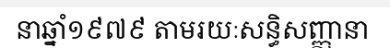
នាឆ្នាំ១៩៧៩ តាមរយៈសន្ធិសញ្ញានា